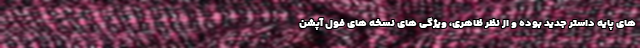
های پایه داستر جدید بوده و از نظر ظاهری، ویژگی های نسخه های فول آپشن